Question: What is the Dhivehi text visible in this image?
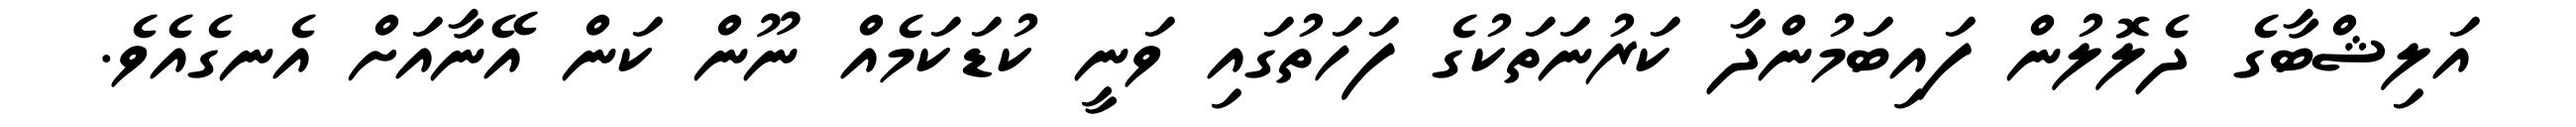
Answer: އަލިޝްބާގެ ދެލޮލުން ފައިބަމުންދާ ކަރުނަތަކުގެ ފަހަތުގައި ވަނީ ކުޑަކަމެއް ނޫން ކަން އޭނާއަށް އެނގެއެވެ.